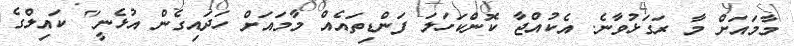
މާމައަށް މާ ރަގަޅުވާނެ. އެކުއްޖާ ކޮންކަހަލަ ފަންޑިތައެއް މާމައަށް ހަދައިގެން އުޅެނީ" ކައިލްގެ